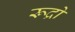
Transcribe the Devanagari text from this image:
रूद्रो